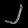
Digit: ၂